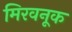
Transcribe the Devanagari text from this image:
मिरवनूक